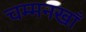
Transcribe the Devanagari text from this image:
चम्मनखाँ